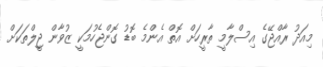
މިއަދު ރާއްޖޭގެ އިސްލާމީ ތާރީހަށް އޮތް އެންމެ ބޮޑު ގޮންޖެހުމަކީ ޒުވާން ޖީލްތަކަށް